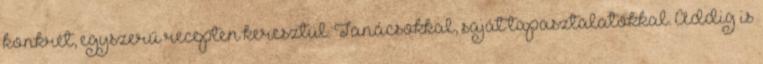
konkrét, egyszerű recepten keresztül. Tanácsokkal, saját tapasztalatokkal. Addig is